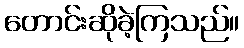
တောင်းဆိုခဲ့ကြသည်။